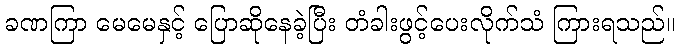
ခဏကြာ မေမေနှင့် ပြောဆိုနေခဲ့ပြီး တံခါးဖွင့်ပေးလိုက်သံ ကြားရသည်။